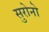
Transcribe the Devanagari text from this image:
सुरोनो